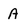
Character: P